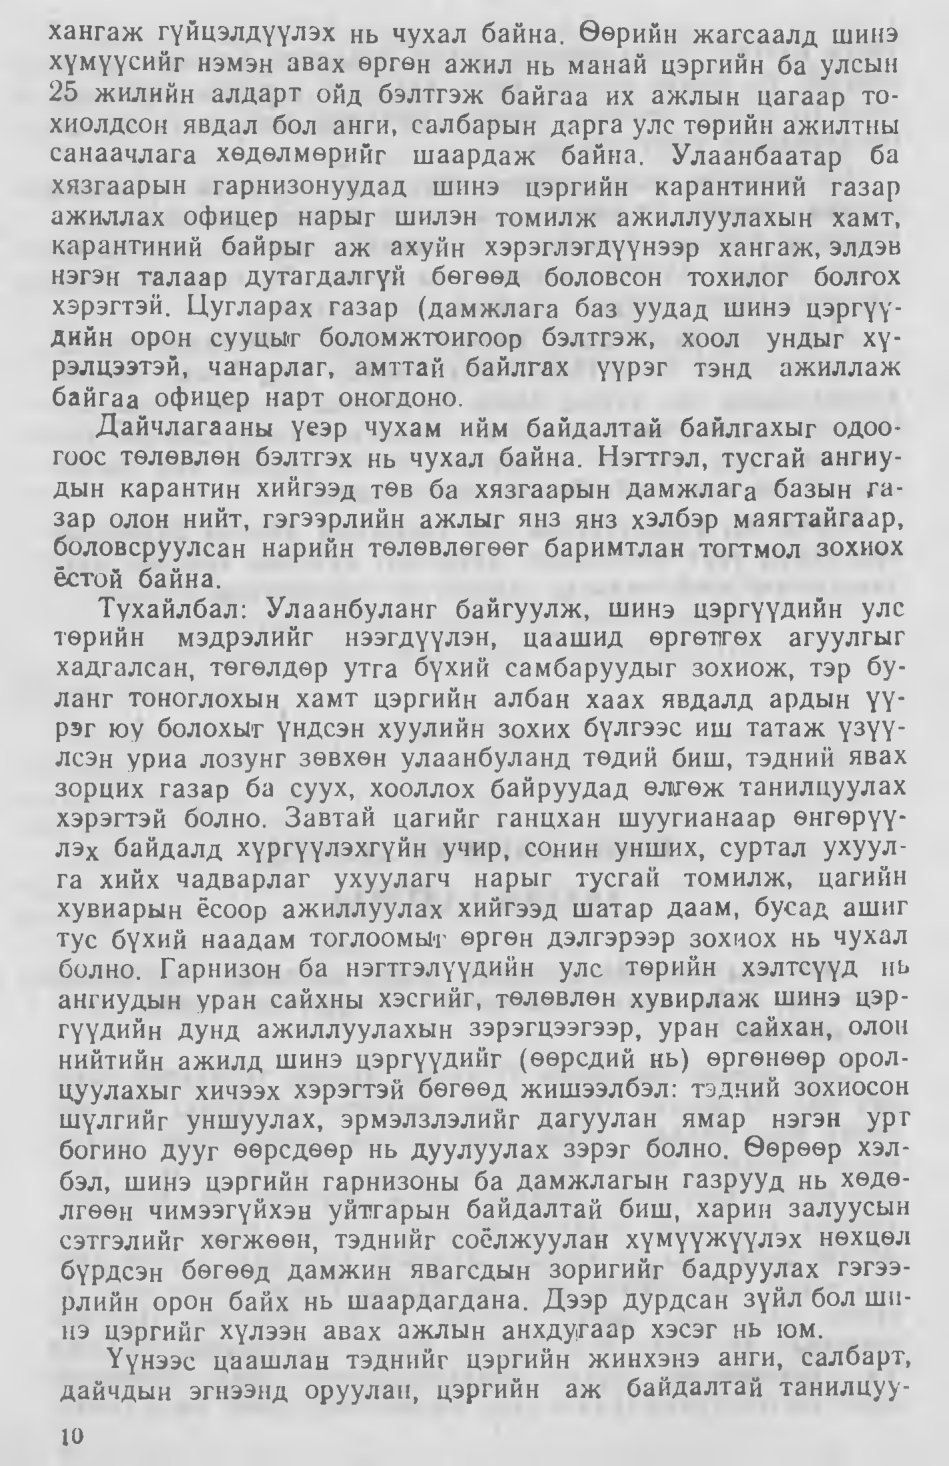
Language: mn